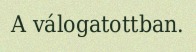
A válogatottban.